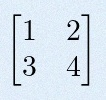
\begin{bmatrix}1&2\\3&4\end{bmatrix}